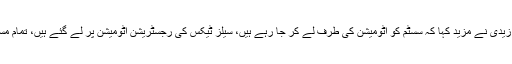
چیرمین ایف بی آر شبر زیدی نے مزید کہا کہ سسٹم کو آٹومیشن کی طرف لے کر جا رہے ہیں، سیلز ٹیکس کی رجسٹریشن آٹومیشن پر لے گئے ہیں، تمام مسائل کا حل آٹومیشن ہے۔